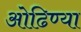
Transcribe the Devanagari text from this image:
ओढिण्या